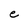
Character: e